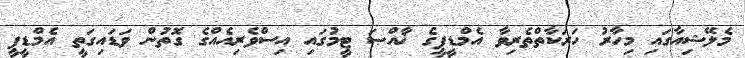
މެލޭޝިއާގައި މިހާރު ހަރަކާތްތެރިވާ އެމްޑީޕީގެ ޚާއްޞަ ޓީމުގައި އިސްވެރިއެއްގެ ގޮތުން ވަޑައިގަތީ އެމްޑީޕީ